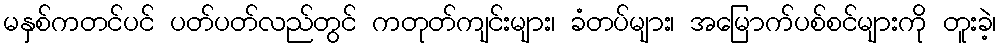
မနှစ်ကတင်ပင် ပတ်ပတ်လည်တွင် ကတုတ်ကျင်းများ၊ ခံတပ်များ၊ အမြောက်ပစ်စင်များကို တူးခဲ့၊